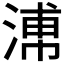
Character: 𣹷